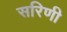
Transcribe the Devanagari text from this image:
सरिणी